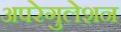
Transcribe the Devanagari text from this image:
अपरेगुलेशन